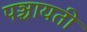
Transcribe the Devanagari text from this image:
पञ्चायती